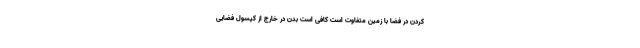
کردن در فضا با زمین متفاوت است کافی است بدن در خارج از کپسول فضایی